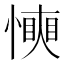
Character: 𢢰